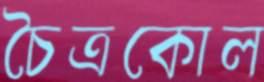
চৈত্রকোল